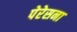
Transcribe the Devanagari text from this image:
पेरेसना